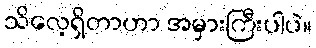
သိလေ့ရှိတာဟာ အမှားကြီးပါပဲ။